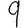
Digit: 9